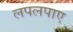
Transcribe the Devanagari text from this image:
लपलपाए